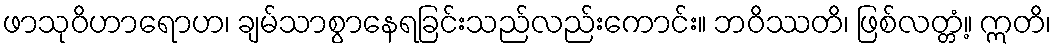
ဖာသုဝိဟာရောဟ၊ ချမ်သာစွာနေရခြင်းသည်လည်းကောင်း။ ဘဝိဿတိ၊ ဖြစ်လတ္တံ့။ ဣတိ၊